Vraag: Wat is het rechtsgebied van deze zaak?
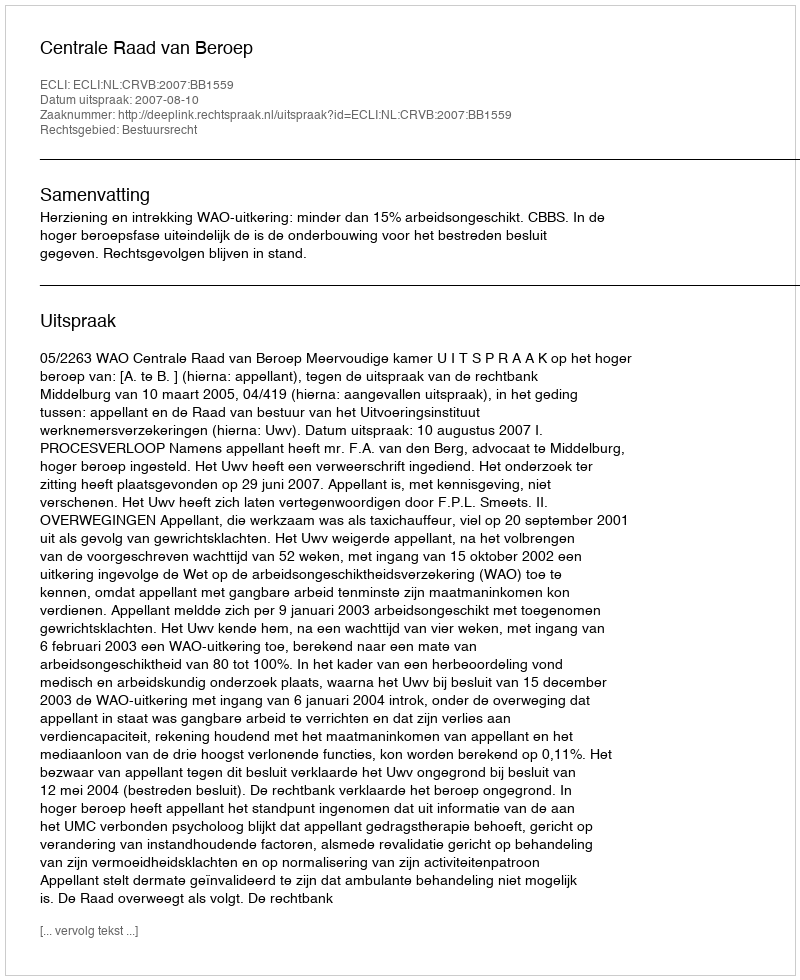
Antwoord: Bestuursrecht